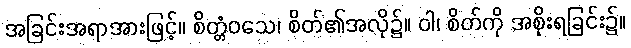
အခြင်းအရာအားဖြင့်။ စိတ္တံဝသေ၊ စိတ်၏အလို၌။ ဝါ၊ စိတ်ကို အစိုးရခြင်း၌။